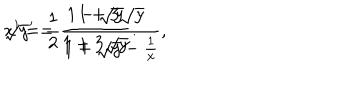
LaTeX: { \displaystyle x ^ { \prime } = \frac { 1 } { 2 } \frac { 1 + 3 \sqrt { y } } { 1 + \sqrt { y } - \frac { 1 } { x } } , } \hspace { 1 c m } { \displaystyle \sqrt { y } ^ { \prime } = \frac { 1 - \sqrt { y } } { 1 + 3 \sqrt { y } } . }